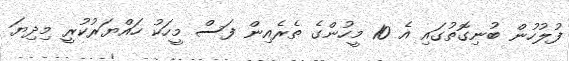
ފުލުހުން ބުނިގޮތުގައި އެ 10 މީހުންގެ ތެރެއިން ފަސް މީހަކު ހައްޔަރުކުރީ މިދިޔަ